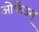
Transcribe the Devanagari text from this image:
ओर्फेउम्